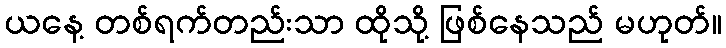
ယနေ့ တစ်ရက်တည်းသာ ထိုသို့ ဖြစ်နေသည် မဟုတ်။